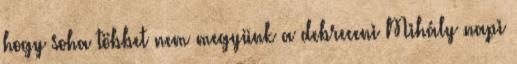
hogy soha többet nem megyünk a debreceni Mihály napi